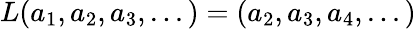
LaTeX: L(a_{1},a_{2},a_{3},...)=(a_{2},a_{3},a_{4},...)